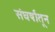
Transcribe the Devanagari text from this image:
संघर्षांतून